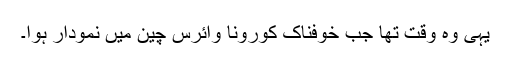
یہی وہ وقت تھا جب خوفناک کورونا وائرس چین میں نمودار ہوا۔